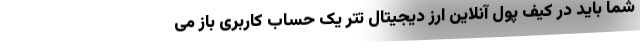
شما باید در کیف پول آنلاین ارز دیجیتال تتر یک حساب کاربری باز می‌